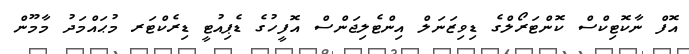
އޮފް ނާކޮޓިކްސް ކޮންޓަރޯލްގެ ޑިވިޒަނަލް އިންޓެލިޖަންސް އޮފީހުގެ ޑެޕިއުޓީ ޑިރެކްޓަރ މުޙައްމަދު މާމޫން